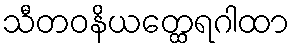
သီတဝနိယတ္ထေရဂါထာ